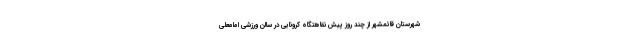
شهرستان قائمشهر از چند روز پیش نقاهتگاه کرونایی در سالن ورزشی امامعلی